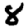
Digit: 8